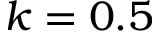
k = 0 . 5